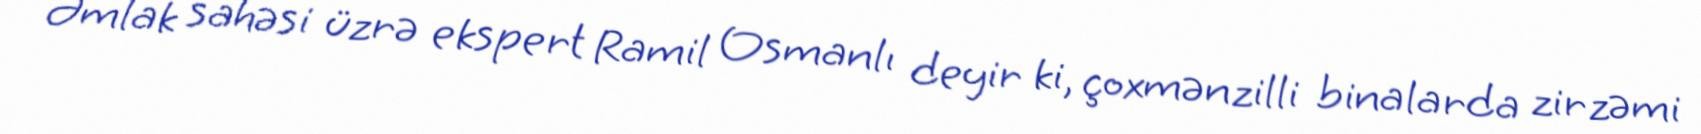
Əmlak sahəsi üzrə ekspert Ramil Osmanlı deyir ki, çoxmənzilli binalarda zirzəmi